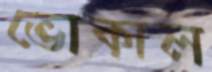
ভোকাল